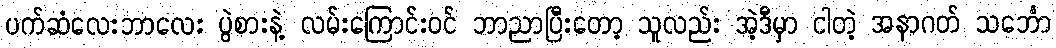
ပက်ဆံလေးဘာလေး ပွဲစားနဲ့ လမ်းကြောင်းဝင် ဘာညာပြီးတော့ သူလည်း အဲ့ဒီမှာ ငါတဲ့ အနာဂတ် သင်္ဘော